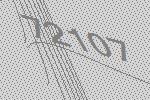
72107